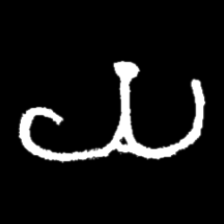
Pyu character \u2014 Myanmar letter: ယ (romanized: ya)